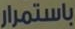
باستمرار